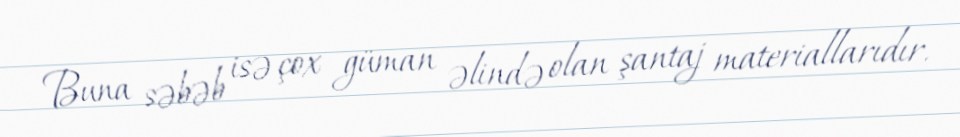
Buna səbəb isə çox güman əlində olan şantaj materiallarıdır.